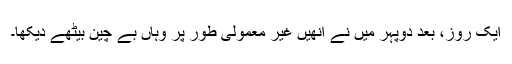
ایک روز، بعد دوپہر میَں نے اُنھیں غیر معمولی طور پر وہاں بے چین بیٹھے دیکھا۔